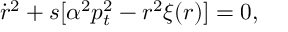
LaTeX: \dot { r } ^ { 2 } + s [ \alpha ^ { 2 } p _ { t } ^ { 2 } - r ^ { 2 } \xi ( r ) ] = 0 ,